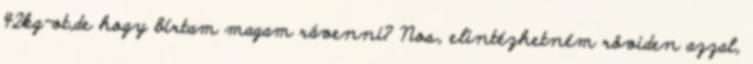
42kg-ot,de hogy bírtam magam rávenni? Nos, elintézhetném röviden azzal,